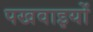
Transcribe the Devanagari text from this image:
पखवाइयों